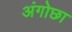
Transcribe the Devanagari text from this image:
अंगोछा